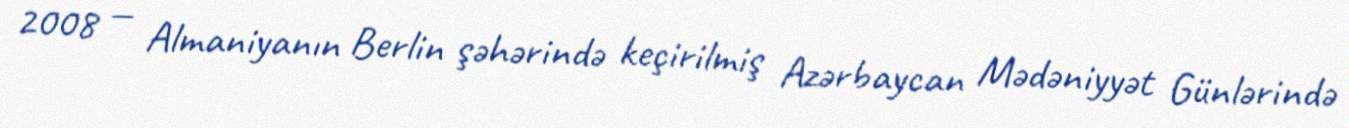
2008 — Almaniyanın Berlin şəhərində keçirilmiş Azərbaycan Mədəniyyət Günlərində